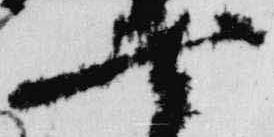
七